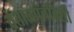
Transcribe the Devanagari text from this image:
वेताळपंचविशी